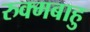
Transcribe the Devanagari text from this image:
रुक्मबाहु